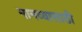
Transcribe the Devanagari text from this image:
मानव्यासाठी